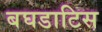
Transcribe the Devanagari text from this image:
बघडाटिस